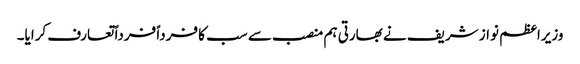
وزیراعظم نواز شریف نے بھارتی ہم منصب سے سب کا فرداً فرداً تعارف کرایا۔